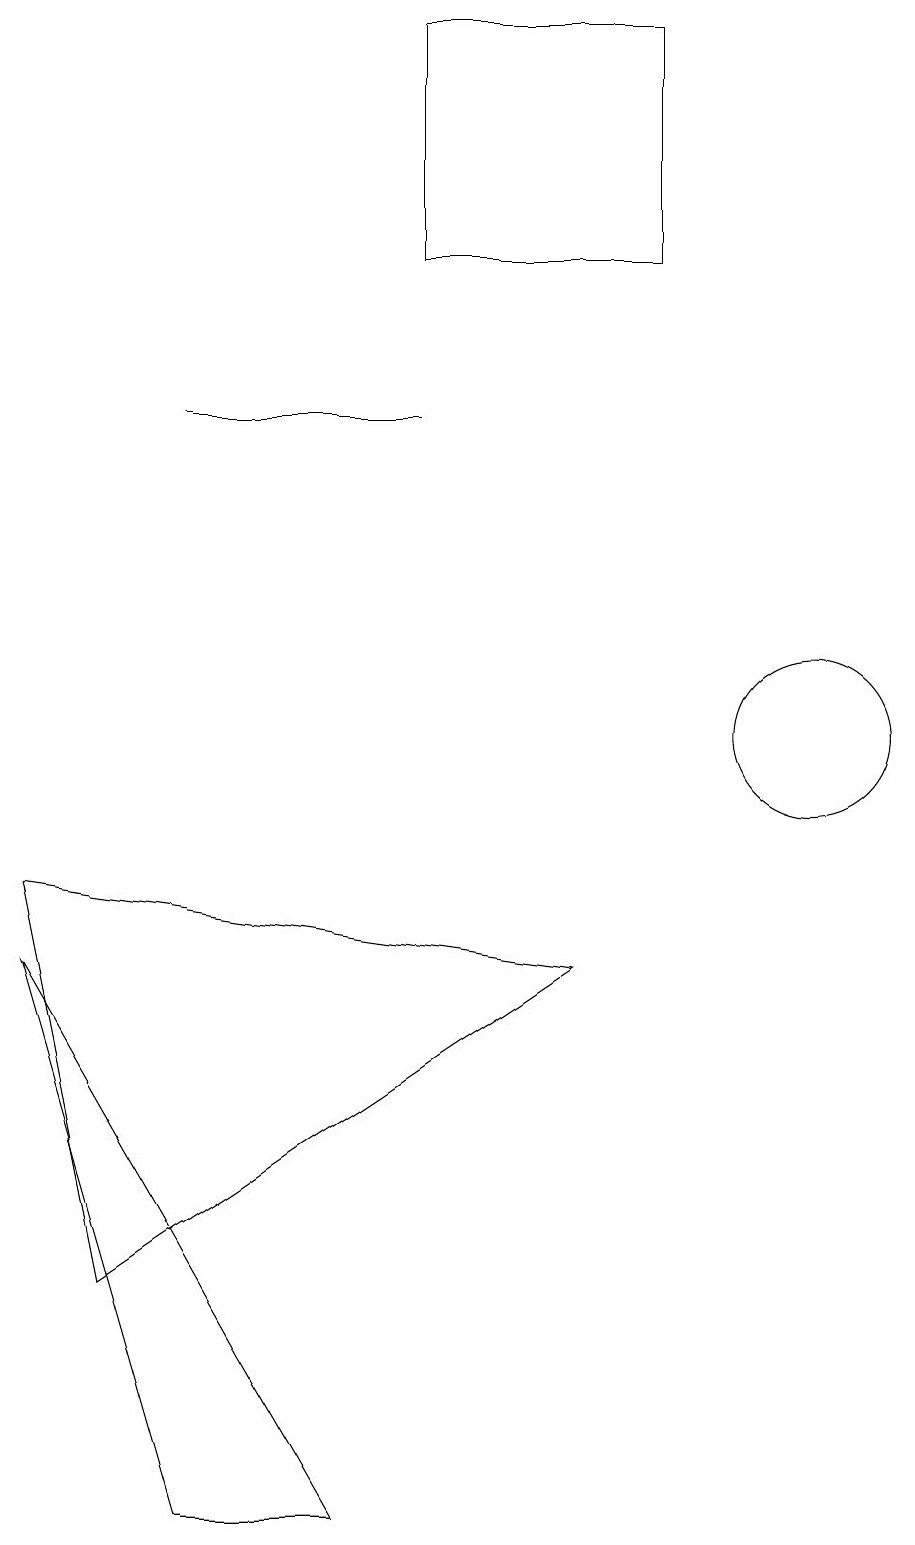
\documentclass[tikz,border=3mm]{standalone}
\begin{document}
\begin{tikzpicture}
\draw (0,8) -- (7,7) -- (1,3) -- cycle;
\draw (0,7) -- (2,0) -- (4,0) -- cycle;
\draw (2,14) rectangle (5,14);
\draw (10,10) circle (1);
\draw (8,19) rectangle (5,16);
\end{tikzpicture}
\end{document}